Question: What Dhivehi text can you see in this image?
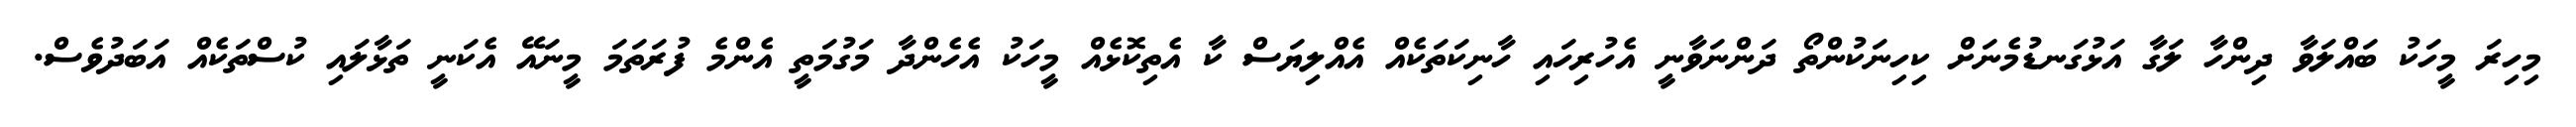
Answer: މިހިރަ މީހަކު ބައްލަވާ ދިންހާ ލަގާ އަޅުގަނޑުމެނަށް ކިހިނަކުންތޯ ދަންނަވާނީ އެހުރިހައި ހާނިކަތަކެއް އެއްލިޔަސް ކާ އެތިކޮޅެއް މީހަކު އެހެންދާ މަގުމަތީ އެންމެ ފުރަތަމަ މީނައޭ އެކަނީ ތަޅާލައި ކުސްތަކެއް އަބަދުވެސް.